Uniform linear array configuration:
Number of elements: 64
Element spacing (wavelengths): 0.25
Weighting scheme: blackman
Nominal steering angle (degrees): -60
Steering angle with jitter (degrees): -61.752
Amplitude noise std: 0.05
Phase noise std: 0.05

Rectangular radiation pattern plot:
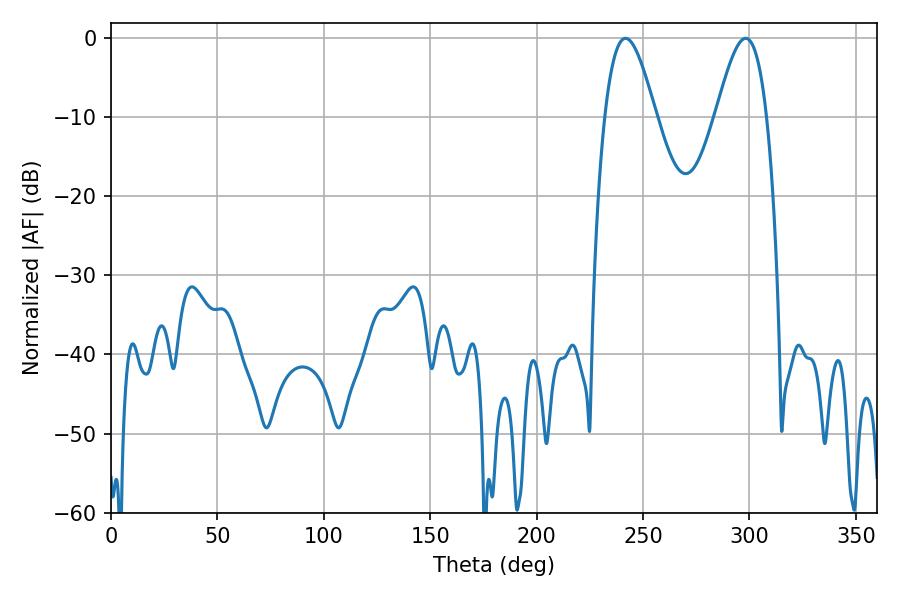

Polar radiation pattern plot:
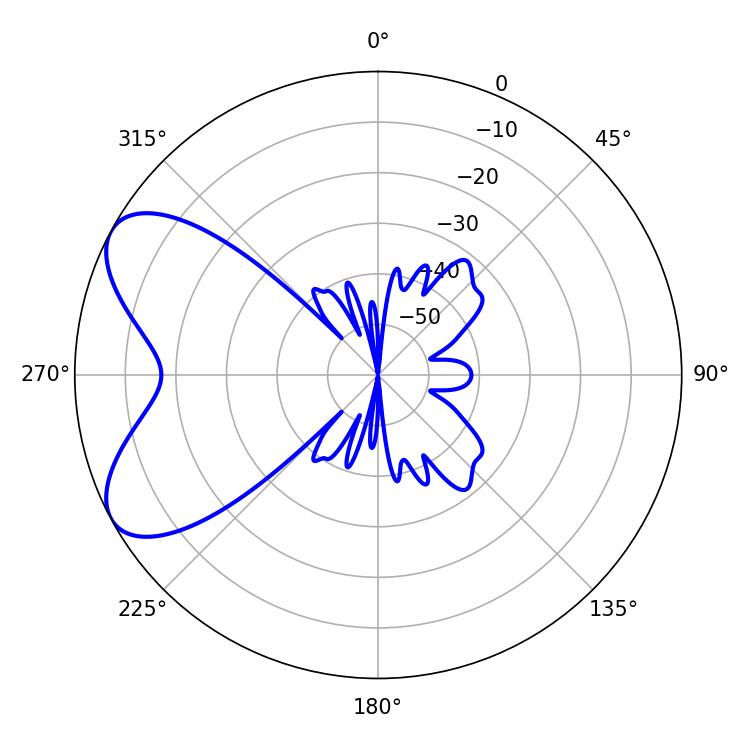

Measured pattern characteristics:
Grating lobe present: FALSE
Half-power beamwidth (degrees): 12.96
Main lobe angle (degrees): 241.74